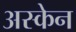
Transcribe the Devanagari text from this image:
अस्केन